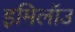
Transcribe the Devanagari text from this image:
इमिलॉउ